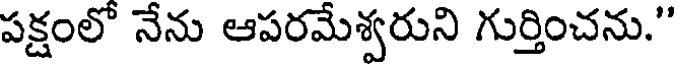
పక్షంలో నేను ఆపరమేశ్వరుని గుర్తించను."